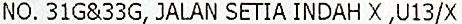
NO. 31G&33G, JALAN SETIA INDAH X ,U13/X